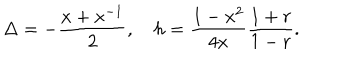
\Delta = - \frac { x + x ^ { - 1 } } { 2 } , ~ h = \frac { 1 - x ^ { 2 } } { 4 x } \frac { 1 + r } { 1 - r } .